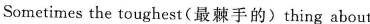
Sometimes the toughest(最棘手的)thing about